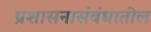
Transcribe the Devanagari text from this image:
प्रशासनासंबंधातील